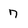
Character: 7